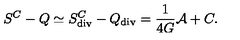
S ^ { C } - Q \simeq S _ { \tiny \mathrm { d i v } } ^ { C } - Q _ { \tiny \mathrm { d i v } } = { \frac { 1 } { 4 G } } { \cal A } + C .